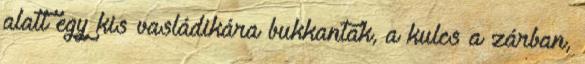
alatt egy kis vasládikára bukkantak, a kulcs a zárban,